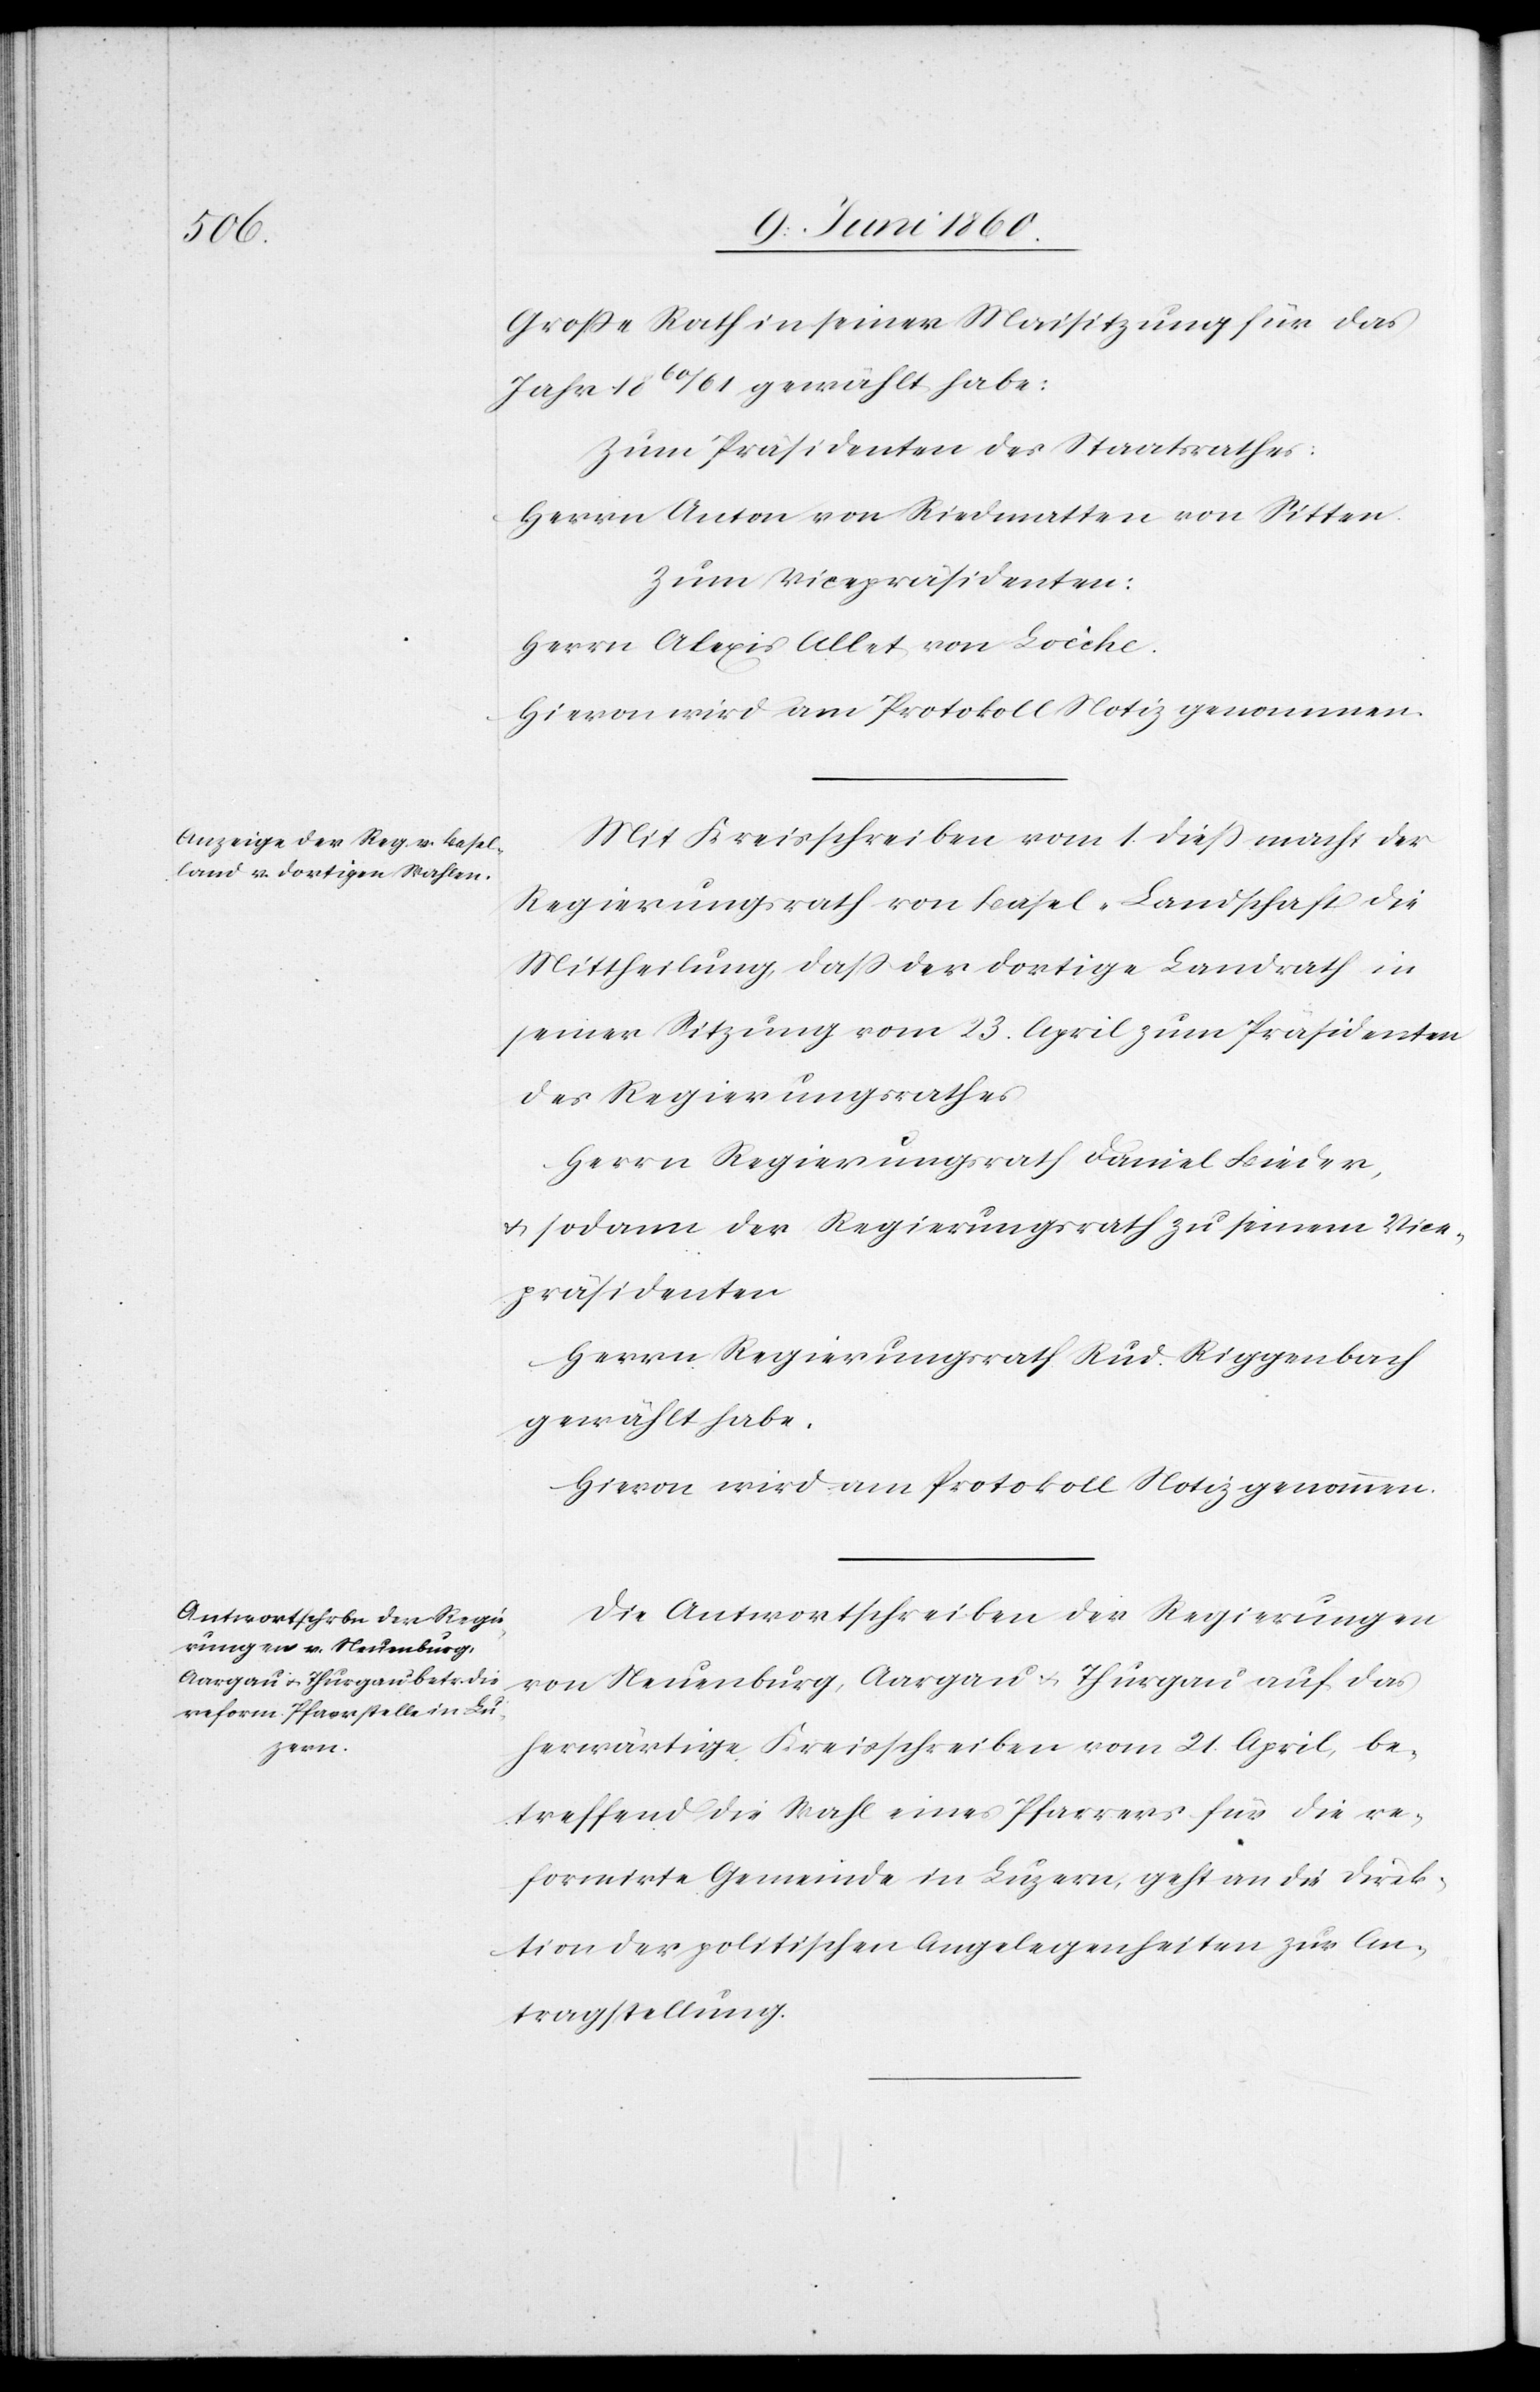
Grosse Rath in seiner Maisitzung für das
Jahr 1860/61 gewählt habe.
Zum Präsidenten des Staatsrathes:
Herrn Anton von Riedmatten von Sitten.
Zum Vicepräsidenten:
Herrn Alexis Allet von Loiche.
Hievon wird am Protokoll Notiz genommen.
Mit Kreisschreiben vom 1. diess macht der
Regierungsrath von Basel-Landschaft die
Mittheilung, dass der dortige Landrath in
seiner Sitzung vom 23. April zum Präsidenten
des Regierungsrathes
Herrn Regierungsrath Daniel Bieder,
u. sodann der Regierungsrath zu seinem Vice¬
präsidenten
Herrn Regierungsrath Rud. Riggenbach
gewählt habe.
Die Antwortschreiben der Regierungen
von Neuenburg, Aargau u. Thurgau auf das
herwärtige Kreisschreiben vom 21. April, be¬
treffend die Wahl eines Pfarrers für die re¬
formirte Gemeinde in Luzern, geht an die Direk¬
tion der politischen Angelegenheiten zur An¬
tragstellung.